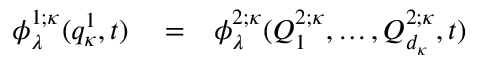
\begin{array} { r l r } { \phi _ { \lambda } ^ { 1 ; \kappa } ( q _ { \kappa } ^ { 1 } , t ) } & { { } = } & { \phi _ { \lambda } ^ { 2 ; \kappa } ( Q _ { 1 } ^ { 2 ; \kappa } , \ldots , Q _ { d _ { \kappa } } ^ { 2 ; \kappa } , t ) } \end{array}